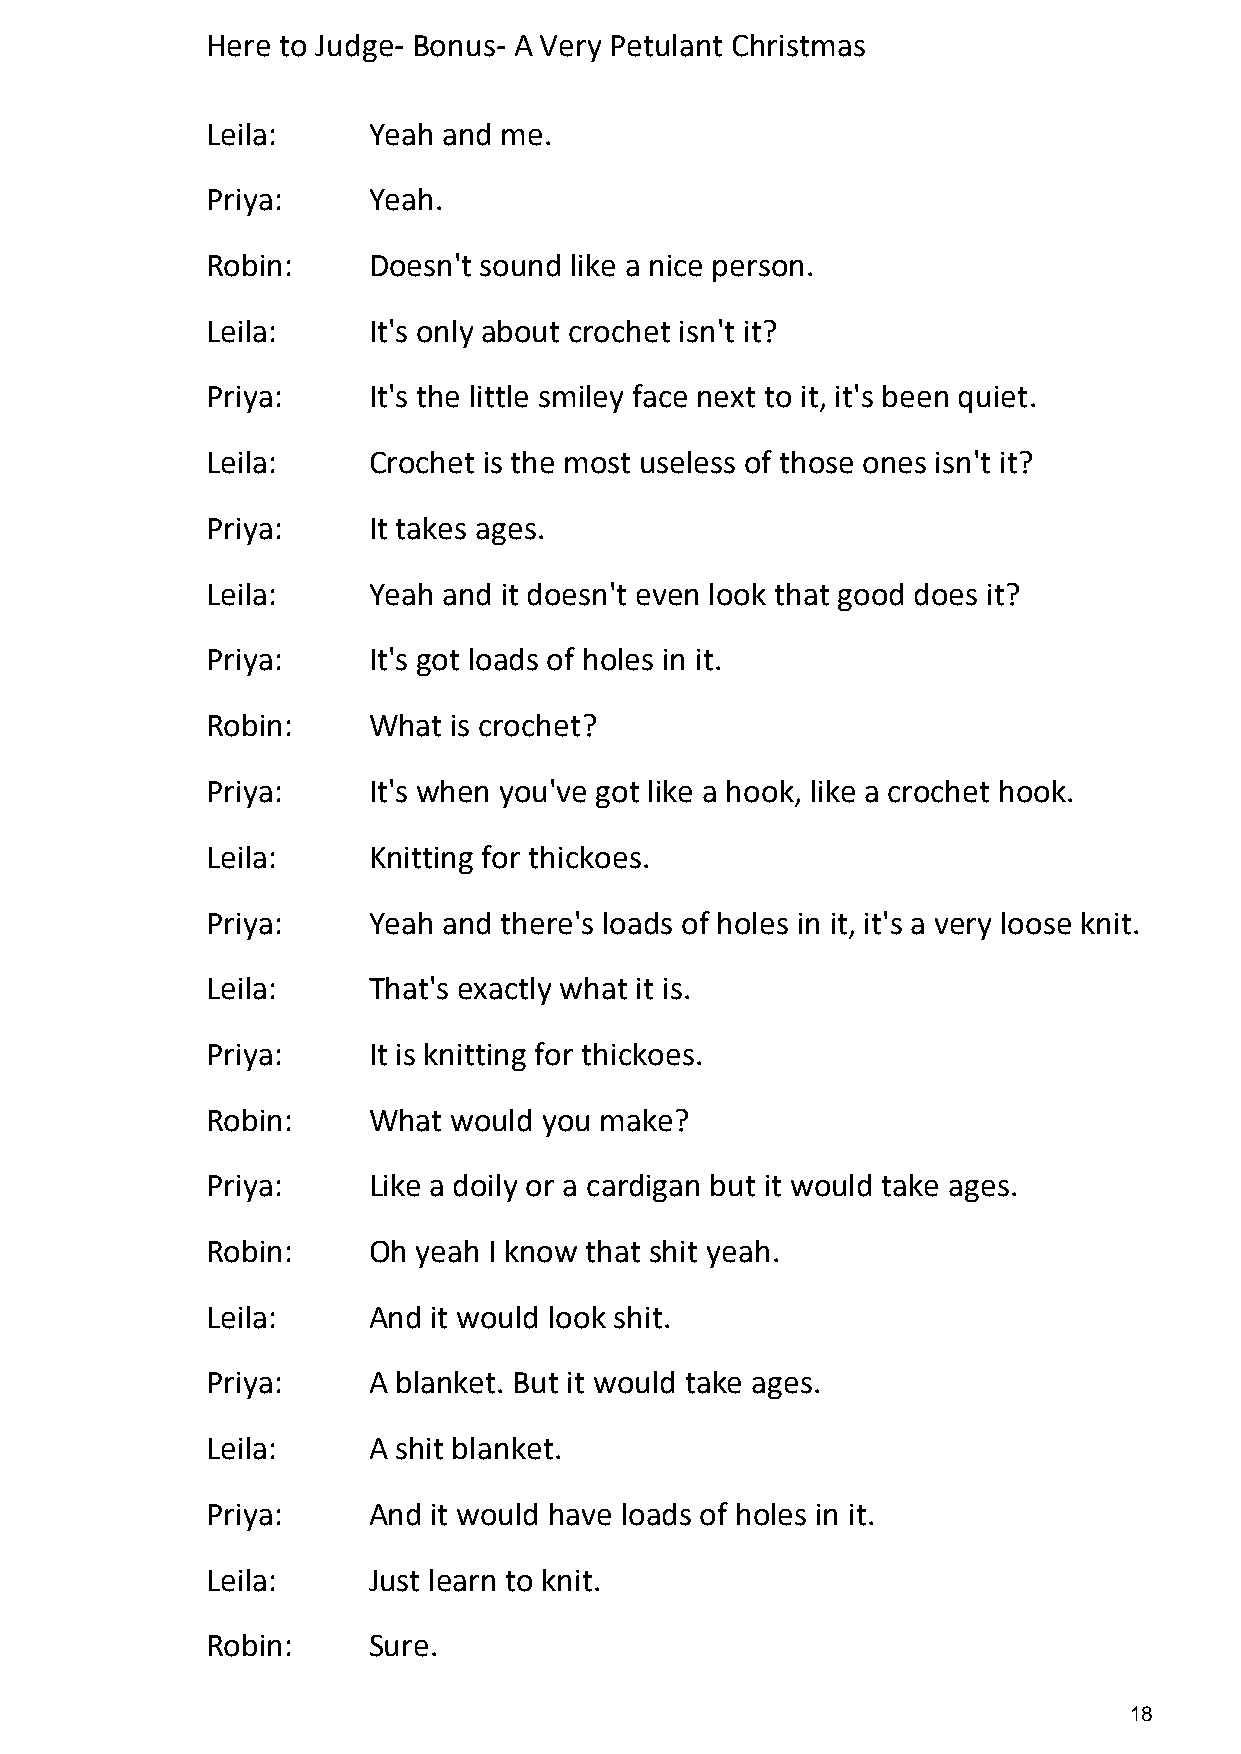
Here to Judge- Bonus- A Very Petulant Christmas
 Leila:    Yeah and me.
 Priya:    Yeah.
 Robin:    Doesn't sound like a nice person.
 Leila:    It's only about crochet isn't it?
 Priya:    It's the little smiley face next to it, it's been quiet.
 Leila:    Crochet is the most useless of those ones isn't it?
 Priya:    It takes ages.
 Leila:    Yeah and it doesn't even look that good does it?
 Priya:    It's got loads of holes in it.
 Robin:    What  is crochet?
 Priya:    It's when you've got like a hook, like a crochet hook.
 Leila:    Knitting for thickoes.
 Priya:    Yeah and there's loads of holes in it, it's a very loose knit.
 Leila:    That's exactly what it is.
 Priya:    It is knitting for thickoes.
 Robin:    What  would you make?
 Priya:    Like a doily or a cardigan but it would take ages.
 Robin:    Oh  yeah I know that shit yeah.
 Leila:    And  it would look shit.
 Priya:    A blanket. But it would take ages.
 Leila:    A shit blanket.
 Priya:    And  it would have loads of holes in it.
 Leila:    Just learn to knit.
 Robin:    Sure.
 18